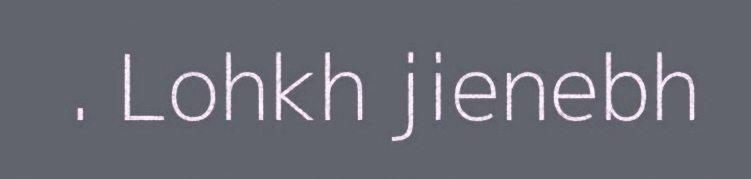
. Lohkh jienebh